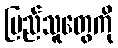
ပြည်သူတွေကို